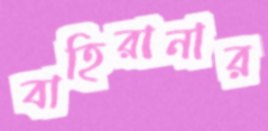
বাহিরানার